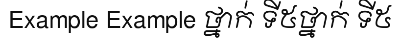
Example Example ថ្នាក់ ទី៥ថ្នាក់ ទី៥